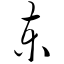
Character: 柬